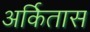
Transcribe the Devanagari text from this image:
अर्कितास